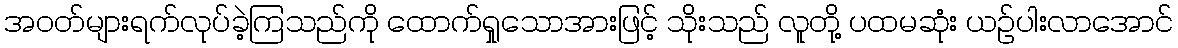
အဝတ်များရက်လုပ်ခဲ့ကြသည်ကို ထောက်ရှုသောအားဖြင့် သိုးသည် လူတို့ ပထမဆုံး ယဉ်ပါးလာအောင်